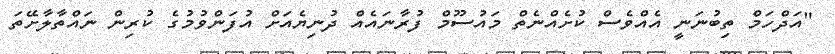
"އަދްހަމް ތިބުނަނީ އެއްވެސް ކުށެއްނެތް މައުސޫމް ފުރާނައެއް ދުނިޔެއަށް އުފަންވުމުގެ ކުރިން ނައްތާލާށޭތަ